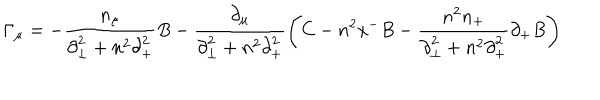
LaTeX: { \Gamma } _ { \mu } = - \frac { n _ { \mu } } { { \partial } _ { \bot } ^ { 2 } + n ^ { 2 } { \partial } _ { + } ^ { 2 } } B - \frac { { \partial } _ { \mu } } { { \partial } _ { \bot } ^ { 2 } + n ^ { 2 } { \partial } _ { + } ^ { 2 } } \left( C - n ^ { 2 } x ^ { - } B - \frac { n ^ { 2 } n _ { + } } { { \partial } _ { \bot } ^ { 2 } + n ^ { 2 } { \partial } _ { + } ^ { 2 } } { \partial } _ { + } B \right)